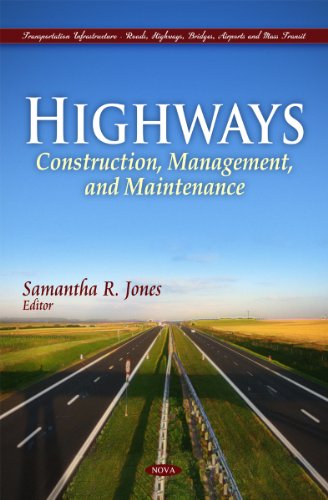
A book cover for Highways: Construction, Management, and Maintenance (Transportation Infrastructure-Roads, Highways, Bridges, Airports and Mass Transit); Samantha R. Jones; Engineering & Transportation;